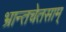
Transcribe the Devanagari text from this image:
भ्रान्तचेतसाम्